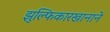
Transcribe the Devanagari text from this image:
झुल्फिकारखानाने